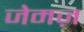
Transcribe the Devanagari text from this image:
जेमज़